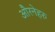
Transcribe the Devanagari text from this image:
औरनेहरु